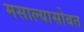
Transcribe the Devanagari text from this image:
मसाल्यासोबत